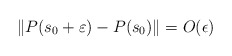
\begin{align*}\lVert P(s_0+\varepsilon)-P(s_0)\rVert = O(\epsilon) \end{align*}